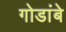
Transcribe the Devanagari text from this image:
गोडांबे